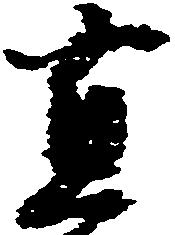
直